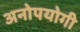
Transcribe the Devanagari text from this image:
अनोपयोगी